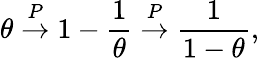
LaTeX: \theta\stackrel{P}{\to}1-\frac{1}{\theta}\stackrel{P}{\to}\frac{1}{1-\theta},